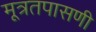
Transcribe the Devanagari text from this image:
मूत्रतपासणी